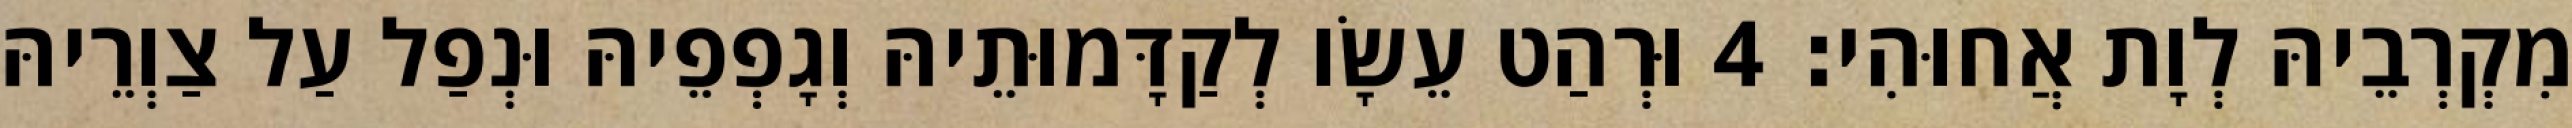
מִקְרְבֵיהּ לְוָת אֲחוּהִי׃ 4 וּרְהַט עֵשָׂו לְקַדָּמוּתֵיהּ וְגָפְפֵיהּ וּנְפַל עַל צַוְרֵיהּ